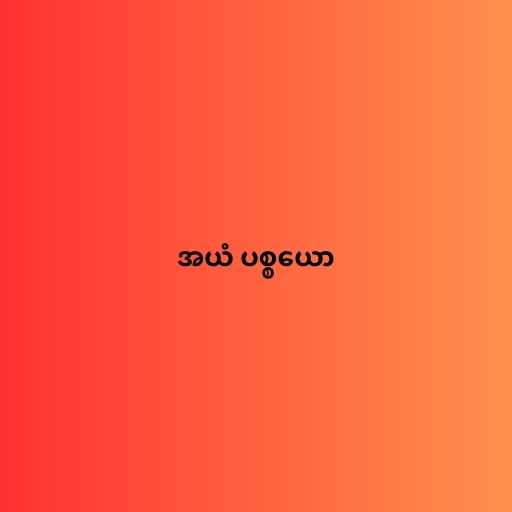
အယံ ပစ္စယော